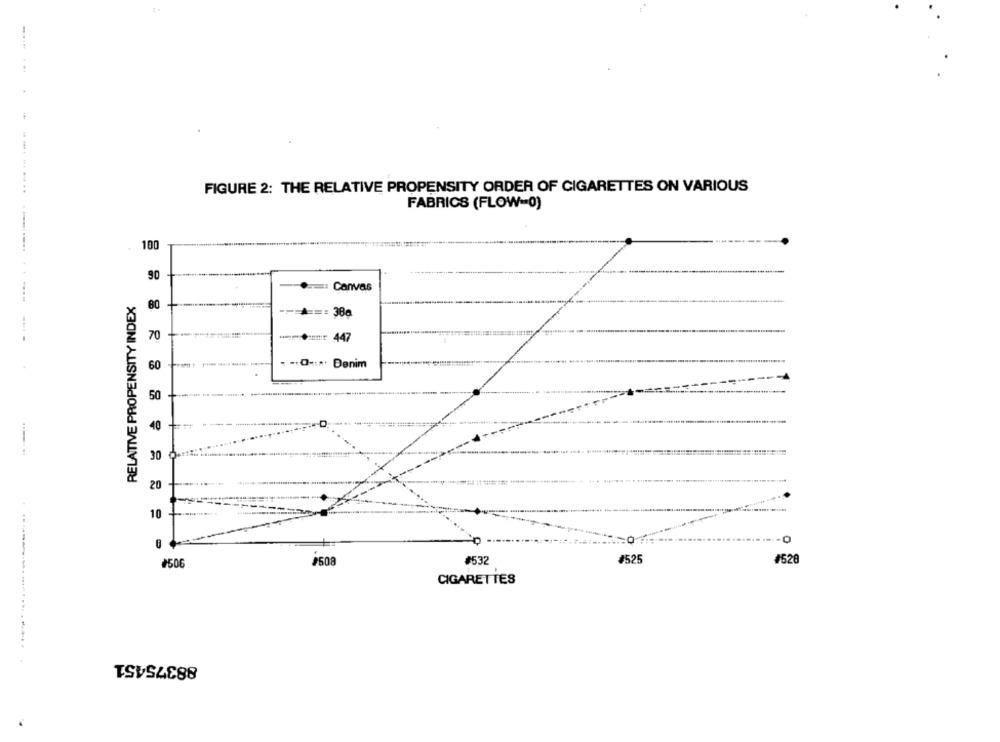
...
FIGURE 2: THE RELATIVE PROPENSITY ORDER OF CIGARETTES ON VARIOUS
FABRICS (FLOW-0)
100
90
: Canvas
RELATIVE PROPENSITY INDEX
80
=== 380
70
+: 447
. -· O ···· Denim
60
50
0
40
30
20
10
+
#506
#532
#525
#528
CIGARETTES
88375451